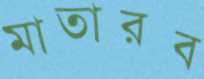
মাতারব